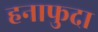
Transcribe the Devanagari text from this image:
हनाफुदा